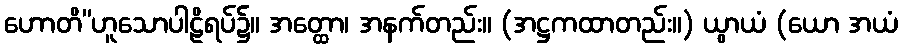
ဟောတိ”ဟူသောပါဠိရပ်၌။ အတ္ထော၊ အနက်တည်း။ (အဋ္ဌကထာတည်း။) ယွာယံ (ယော အယံ